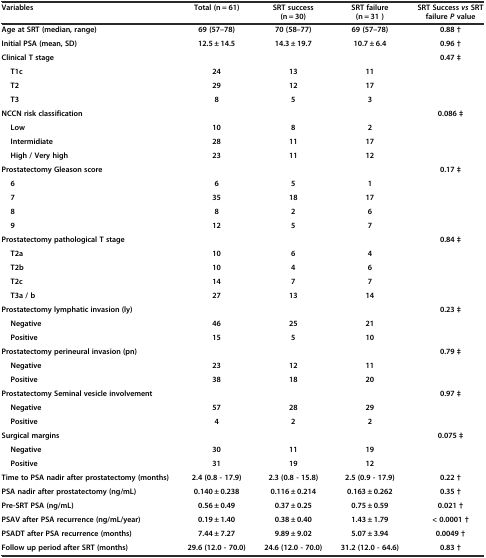
<table><thead><tr><td><b>Variables</b></td><td><b>Total (n = 61)</b></td><td><b>SRT success (n = 30)</b></td><td><b>SRT failure (n = 31 )</b></td><td><b>SRT Success <i>vs</i>SRT failure <i>P</i>value</b></td></tr></thead><tbody><tr><td><b>Age at SRT (median, range)</b></td><td><b>69 (57–78)</b></td><td><b>70 (58–77)</b></td><td><b>69 (57–78)</b></td><td><b>0.88 †</b></td></tr><tr><td><b>Initial PSA (mean, SD)</b></td><td><b>12.5 ± 14.5</b></td><td><b>14.3 ± 19.7</b></td><td><b>10.7 ± 6.4</b></td><td><b>0.96 †</b></td></tr><tr><td><b>Clinical T stage</b></td><td></td><td></td><td></td><td><b>0.47 ‡</b></td></tr><tr><td><b>T1c</b></td><td><b>24</b></td><td><b>13</b></td><td><b>11</b></td><td></td></tr><tr><td><b>T2</b></td><td><b>29</b></td><td><b>12</b></td><td><b>17</b></td><td></td></tr><tr><td><b>T3</b></td><td><b>8</b></td><td><b>5</b></td><td><b>3</b></td><td></td></tr><tr><td><b>NCCN risk classification</b></td><td></td><td></td><td></td><td><b>0.086 ‡</b></td></tr><tr><td><b>Low</b></td><td><b>10</b></td><td><b>8</b></td><td><b>2</b></td><td></td></tr><tr><td><b>Intermidiate</b></td><td><b>28</b></td><td><b>11</b></td><td><b>17</b></td><td></td></tr><tr><td><b>High / Very high</b></td><td><b>23</b></td><td><b>11</b></td><td><b>12</b></td><td></td></tr><tr><td><b>Prostatectomy Gleason score</b></td><td></td><td></td><td></td><td><b>0.17 ‡</b></td></tr><tr><td><b>6</b></td><td><b>6</b></td><td><b>5</b></td><td><b>1</b></td><td></td></tr><tr><td><b>7</b></td><td><b>35</b></td><td><b>18</b></td><td><b>17</b></td><td></td></tr><tr><td><b>8</b></td><td><b>8</b></td><td><b>2</b></td><td><b>6</b></td><td></td></tr><tr><td><b>9</b></td><td><b>12</b></td><td><b>5</b></td><td><b>7</b></td><td></td></tr><tr><td><b>Prostatectomy pathological T stage</b></td><td></td><td></td><td></td><td><b>0.84 ‡</b></td></tr><tr><td><b>T2a</b></td><td><b>10</b></td><td><b>6</b></td><td><b>4</b></td><td></td></tr><tr><td><b>T2b</b></td><td><b>10</b></td><td><b>4</b></td><td><b>6</b></td><td></td></tr><tr><td><b>T2c</b></td><td><b>14</b></td><td><b>7</b></td><td><b>7</b></td><td></td></tr><tr><td><b>T3a / b</b></td><td><b>27</b></td><td><b>13</b></td><td><b>14</b></td><td></td></tr><tr><td><b>Prostatectomy lymphatic invasion (ly)</b></td><td></td><td></td><td></td><td><b>0.23 ‡</b></td></tr><tr><td><b>Negative</b></td><td><b>46</b></td><td><b>25</b></td><td><b>21</b></td><td></td></tr><tr><td><b>Positive</b></td><td><b>15</b></td><td><b>5</b></td><td><b>10</b></td><td></td></tr><tr><td><b>Prostatectomy perineural invasion (pn)</b></td><td></td><td></td><td></td><td><b>0.79 ‡</b></td></tr><tr><td><b>Negative</b></td><td><b>23</b></td><td><b>12</b></td><td><b>11</b></td><td></td></tr><tr><td><b>Positive</b></td><td><b>38</b></td><td><b>18</b></td><td><b>20</b></td><td></td></tr><tr><td><b>Prostatectomy Seminal vesicle involvement</b></td><td></td><td></td><td></td><td><b>0.97 ‡</b></td></tr><tr><td><b>Negative</b></td><td><b>57</b></td><td><b>28</b></td><td><b>29</b></td><td></td></tr><tr><td><b>Positive</b></td><td><b>4</b></td><td><b>2</b></td><td><b>2</b></td><td></td></tr><tr><td><b>Surgical margins</b></td><td></td><td></td><td></td><td><b>0.075 ‡</b></td></tr><tr><td><b>Negative</b></td><td><b>30</b></td><td><b>11</b></td><td><b>19</b></td><td></td></tr><tr><td><b>Positive</b></td><td><b>31</b></td><td><b>19</b></td><td><b>12</b></td><td></td></tr><tr><td><b>Time to PSA nadir after prostatectomy (months)</b></td><td><b>2.4 (0.8 - 17.9)</b></td><td><b>2.3 (0.8 - 15.8)</b></td><td><b>2.5 (0.9 - 17.9)</b></td><td><b>0.22 †</b></td></tr><tr><td><b>PSA nadir after prostatectomy (ng/mL)</b></td><td><b>0.140 ± 0.238</b></td><td><b>0.116 ± 0.214</b></td><td><b>0.163 ± 0.262</b></td><td><b>0.35 †</b></td></tr><tr><td><b>Pre-SRT PSA (ng/mL)</b></td><td><b>0.56 ± 0.49</b></td><td><b>0.37 ± 0.25</b></td><td><b>0.75 ± 0.59</b></td><td><b>0.021 †</b></td></tr><tr><td><b>PSAV after PSA recurrence (ng/mL/year)</b></td><td><b>0.19 ± 1.40</b></td><td><b>0.38 ± 0.40</b></td><td><b>1.43 ± 1.79</b></td><td><b>&lt; 0.0001 †</b></td></tr><tr><td><b>PSADT after PSA recurrence (months)</b></td><td><b>7.44 ± 7.27</b></td><td><b>9.89 ± 9.02</b></td><td><b>5.07 ± 3.94</b></td><td><b>0.0049 †</b></td></tr><tr><td><b>Follow up period after SRT (months)</b></td><td><b>29.6 (12.0 - 70.0)</b></td><td><b>24.6 (12.0 - 70.0)</b></td><td><b>31.2 (12.0 - 64.6)</b></td><td><b>0.83 †</b></td></tr></tbody></table>